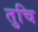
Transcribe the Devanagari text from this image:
तुचि